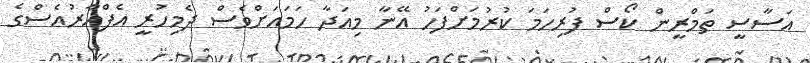
އަސާސީ ތަމްރީން ކޯސް ފުރިހަމަ ކުރުމަށްފަހު އޭނާ މިއަދާ ހަމައަށްވެސް ދެމިހުރީ އެފްއާރުއެސްގެ